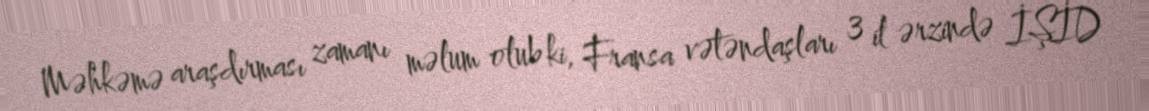
Məhkəmə araşdırması zamanı məlum olub ki, Fransa vətəndaşları 3 il ərzində İŞİD